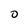
Character: O